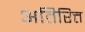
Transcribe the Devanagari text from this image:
अतिरित्त